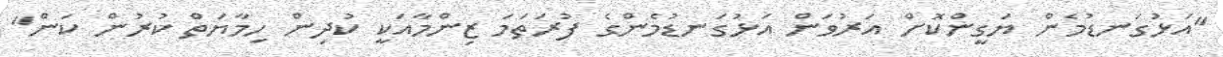
"އަޅުގަނޑުމެން ޔަގީންކޮށް އަރުވަން އަޅުގަނޑުމެންގެ ފުރަތަމަ ޒިންމާއަކީ ކުދިން ހިމާޔަތް ކުރުން ކަން"